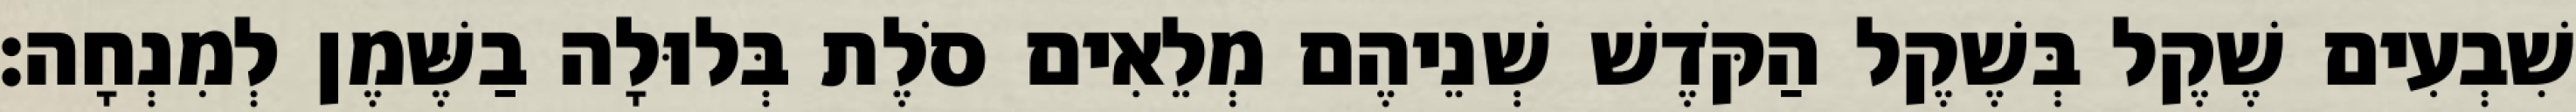
שִׁבְעִים שֶׁקֶל בְּשֶׁקֶל הַקֹּדֶשׁ שְׁנֵיהֶם מְלֵאִים סֹלֶת בְּלוּלָה בַשֶּׁמֶן לְמִנְחָה׃